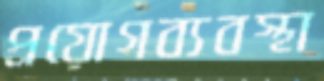
প্রয়োগব্যবস্থা